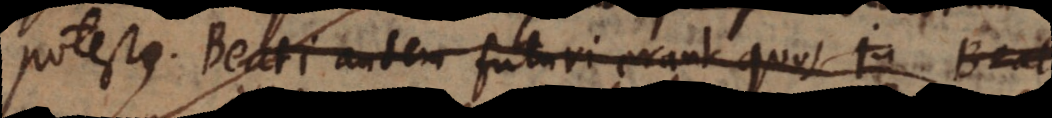
potest. Beati autem futuri erant quos ju Beati